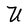
Character: U